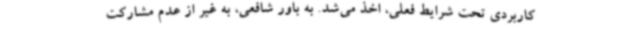
کاربردی تحت شرایط فعلی، اخذ می‌شد. به باور شافعی، به غیر از عدم مشارکت